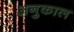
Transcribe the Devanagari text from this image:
अनुकाल